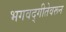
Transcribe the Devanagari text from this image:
भगवद्गीतेवरून